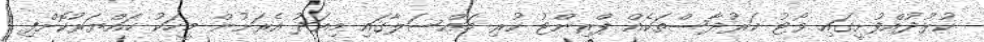
ކުޅުދުއްފުށީގައި ވޯޓު ކަރުދާސްތަކެއް ޕްރިންޓު ކުރި މައްސަލާގައި މިއަދު އެރަށުން މީހަކު ހައްޔަރުކޮށްފި